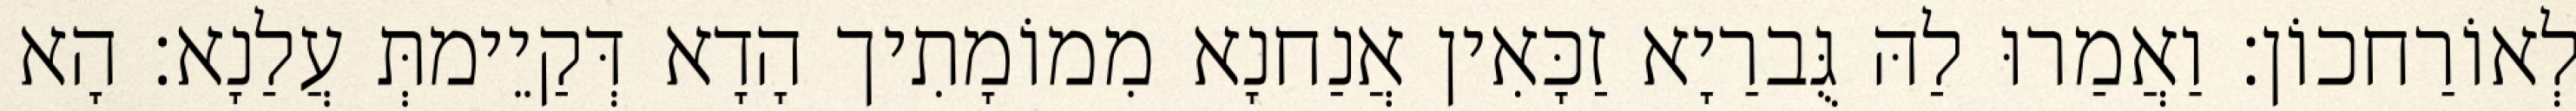
לְאוֹרַחכוֹן׃ וַאֲמַרוּ לַהּ גֻּברַיָא זַכָּאִין אֲנַחנָא מִמוֹמָתִיך הָדָא דְּקַיֵימתְּ עֲלַנָא׃ הָא